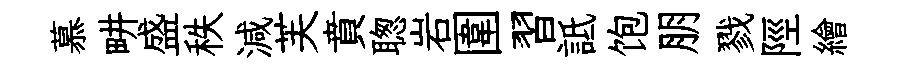
慕畊盛秩減芙賁聦岩圍習詆饱朋戮陘繪